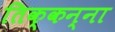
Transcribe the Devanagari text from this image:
तिक्कन्ना